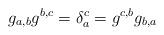
LaTeX: \begin{align*}g_{a,b}g^{b,c} = \delta_a^c = g^{c,b}g_{b,a}\end{align*}